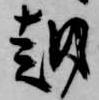
越